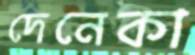
দেনেকা